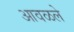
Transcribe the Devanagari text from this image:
आवळले